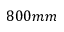
8 0 0 m m